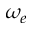
\omega _ { e }